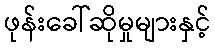
ဖုန်းခေါ်ဆိုမှုများနှင့်